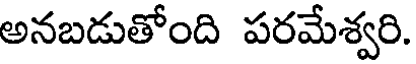
అనబడుతోంది పరమేశ్వరి.